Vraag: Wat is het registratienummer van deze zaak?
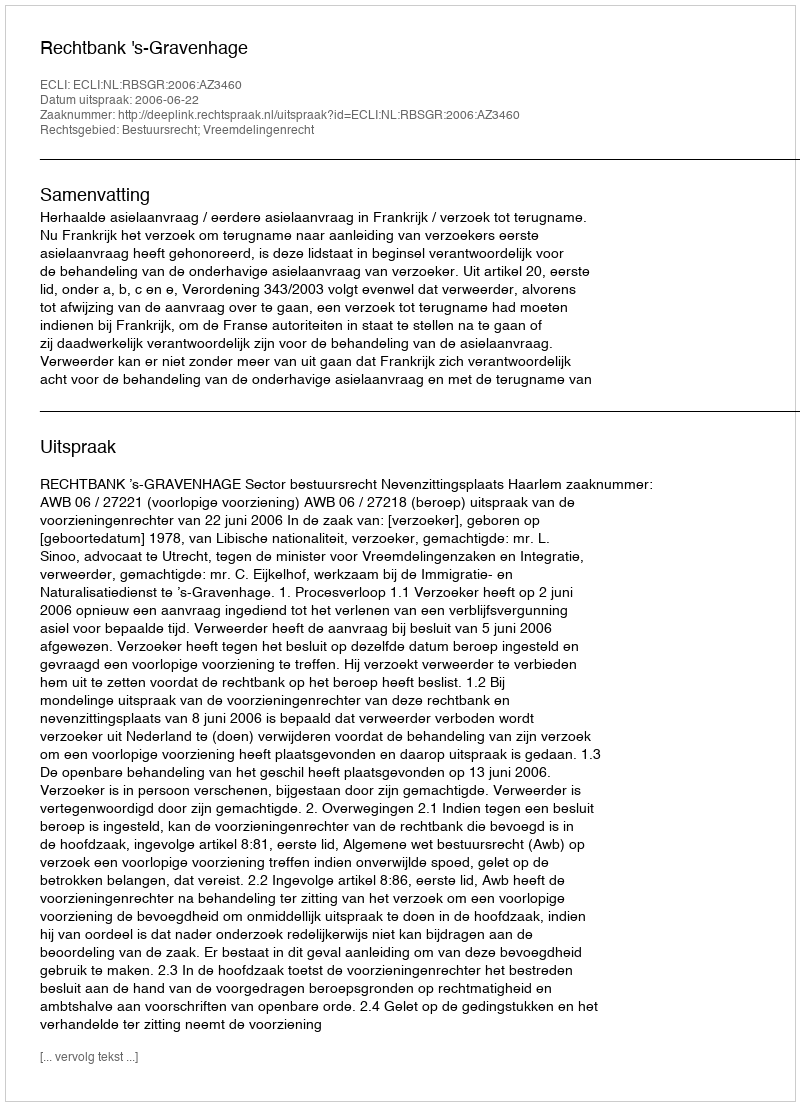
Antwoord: http://deeplink.rechtspraak.nl/uitspraak?id=ECLI:NL:RBSGR:2006:AZ3460